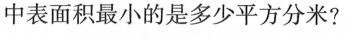
中表面积最小的是多少平方分米?